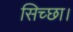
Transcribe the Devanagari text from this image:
सिच्‍छा।